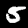
Digit: 5